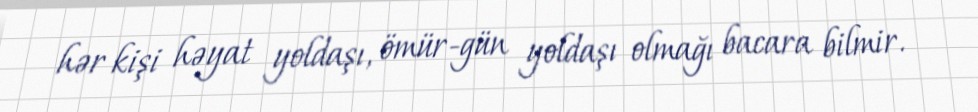
hər kişi həyat yoldaşı, ömür-gün yoldaşı olmağı bacara bilmir.